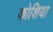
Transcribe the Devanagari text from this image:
कोशिया